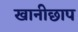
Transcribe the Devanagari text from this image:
खानीछाप